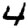
Digit: 4